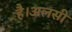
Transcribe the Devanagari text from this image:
है।अलसी